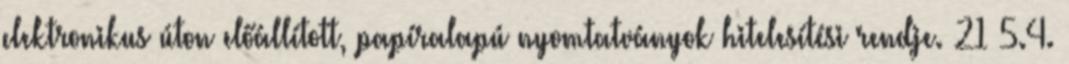
elektronikus úton előállított, papíralapú nyomtatványok hitelesítési rendje. 21 5.4.